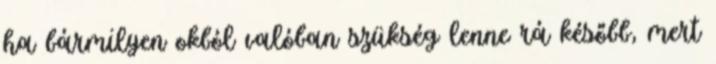
ha bármilyen okból valóban szükség lenne rá később, mert